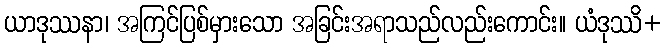
ယာဒုဿနာ၊ အကြင်ပြစ်မှားသော အခြင်းအရာသည်လည်းကောင်း။ ယံဒုဿိ+